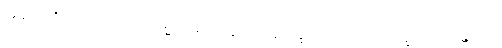
အနာဂတံသဉာဏယထာကမ္မူပဂဉာဏဒွယံ, ဒိဗ္ဗစက္ခုဉာဏံ, အာသဝက္ခယဉာဏန္တိ ဒသ